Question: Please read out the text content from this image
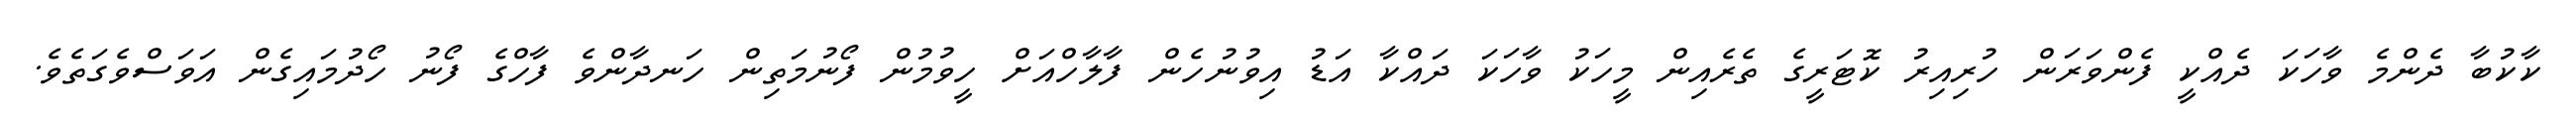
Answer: ކާކުބާ ދެންމެ ވާހަކަ ދެއްކީ ފެންވަރަން ހުރިއިރު ކޮޓަރީގެ ތެރެއިން މީހަކު ވާހަކަ ދައްކާ އަޑު އިވުނުހެން ފާލާހްއަށް ހީވުމުން ފޯނުމަތިން ހަނދާންވެ ފާހްގެ ފޯނު ހޯދުމައިގެން އަވަސްވެގަތެވެ.